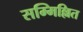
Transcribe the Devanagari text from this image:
सम्मिल्लित